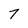
Character: 7